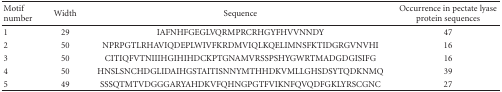
| Motif number | Width | Sequence | Occurrence in pectate lyase protein sequences |
 | --- | --- | --- | --- |
 | 1 | 29 | IAFNHFGEGLVQRMPRCRHGYFHVVNNDY | 47 |
 | 2 | 50 | NPRPGTLRHAVIQDEPLWIVFKRDMVIQLKQELIMNSFKTIDGRGVNVHI | 16 |
 | 3 | 50 | CITIQFVTNIIIHGIHIHDCKPTGNAMVRSSPSHYGWRTMADGDGISIFG | 16 |
 | 4 | 50 | HNSLSNCHDGLIDAIHGSTAITISNNYMTHHDKVMLLGHSDSYTQDKNMQ | 39 |
 | 5 | 49 | SSSQTMTVDGGGARYAHDKVFQHNGPGTFVIKNFQVQDFGKLYRSCGNC | 27 |